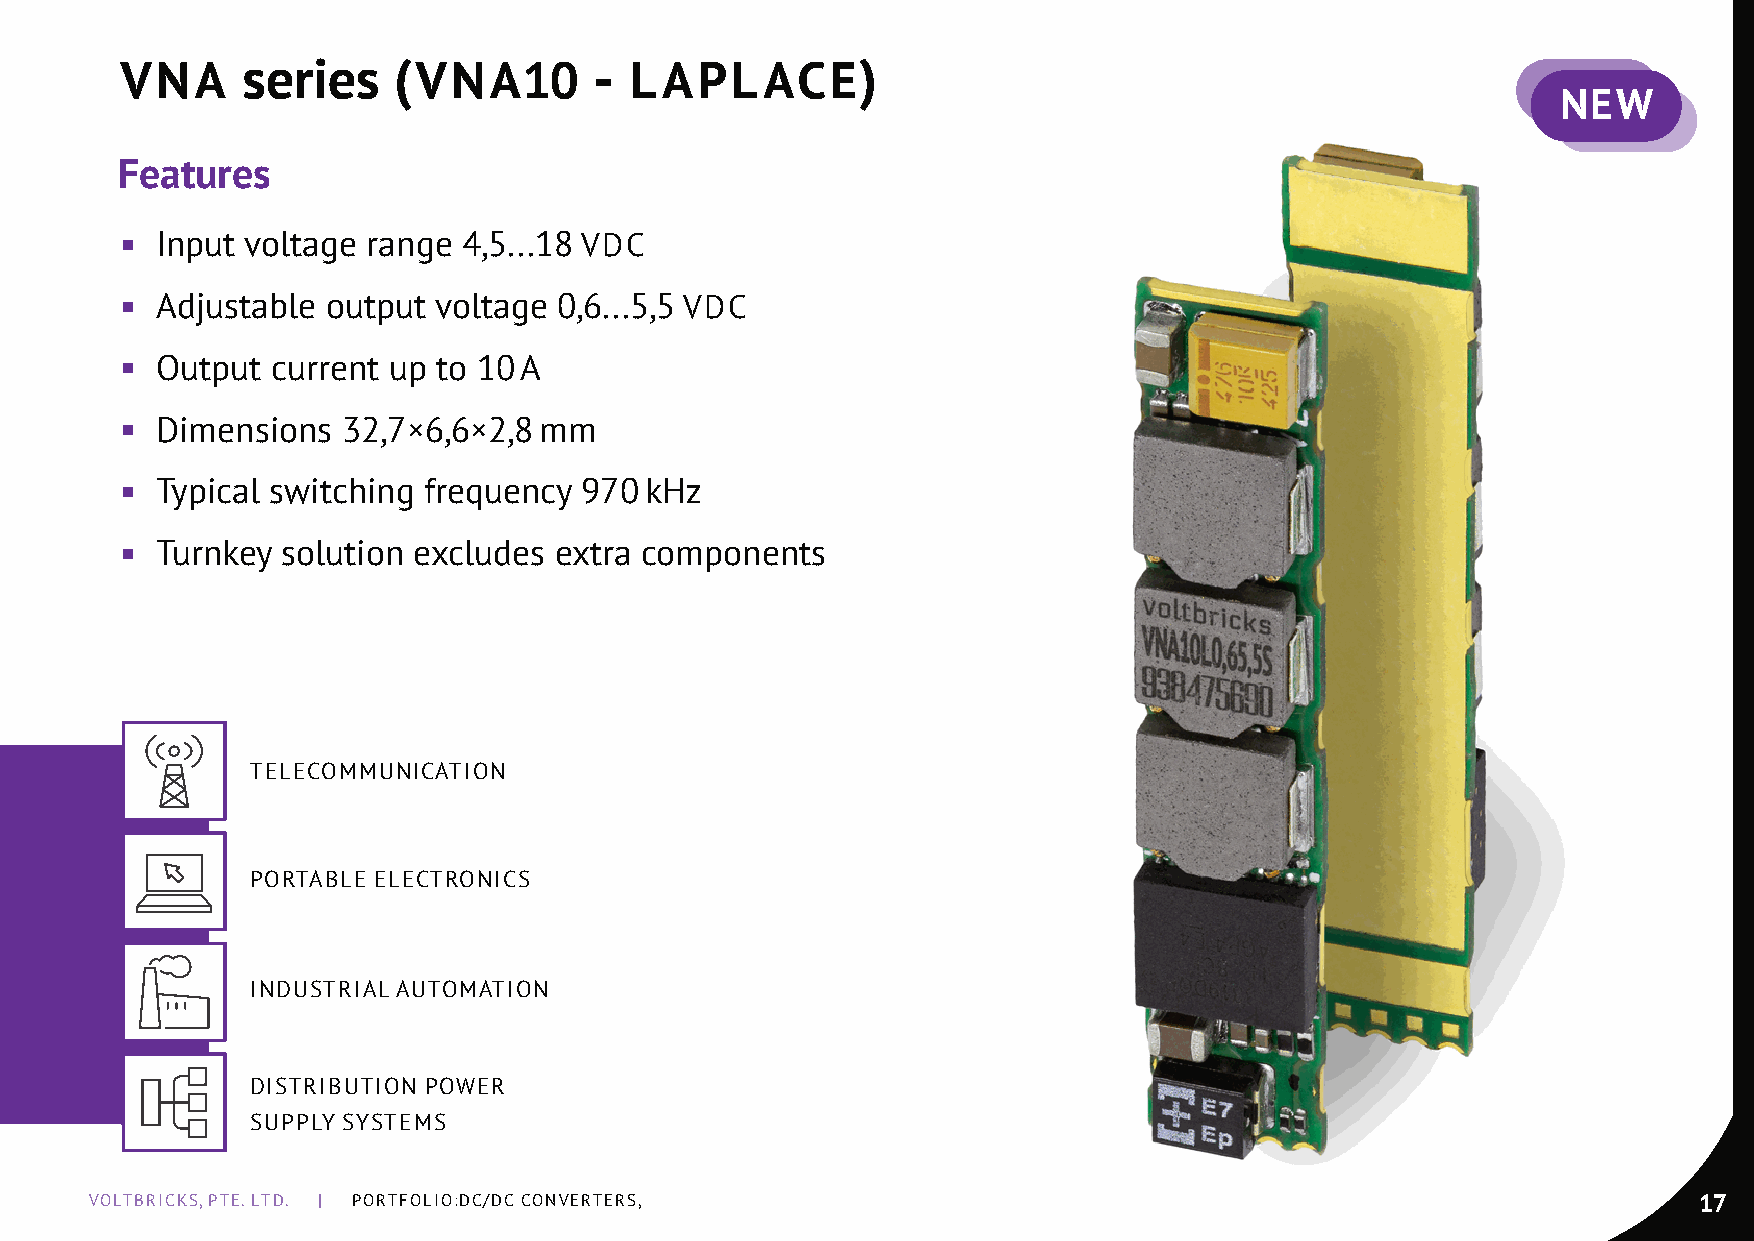
VNA     series    (VNA10       -  LAPLACE)
 NEW
 Features
 ◾ Input voltage range  4,5...18 VDC
 ◾ Adjustable  output voltage 0,6...5,5 VDC
 ◾ Output  current up to 10 A
 ◾ Dimensions   32,7×6,6×2,8 mm
 ◾ Typical switching frequency 970  kHz
 ◾ Turnkey  solution excludes extra components
 TELECOmmunICATIOn
 PORTABLE ELECTROnICS
 InDuSTRIAL AuTOmATIOn
 DISTRIBuTIOn POWER
 SuPPLy SySTEmS
 VOLTBRICKS, PTE. LTD. | PORTFOLIO:DC/DC COnVERTERS,                                                       17